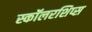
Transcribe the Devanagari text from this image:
स्कॉलरशिप्स